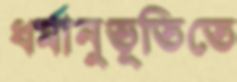
ধর্মানুভূতিতে